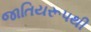
જાતિયરૂપથી